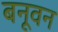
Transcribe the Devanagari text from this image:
बनूवन